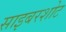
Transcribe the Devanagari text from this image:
साइबरशोट